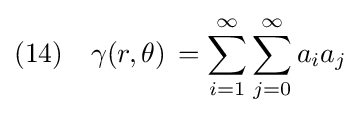
(14)\quad \gamma (r,\theta )\,=\sum _{i=1}^{\infty }\sum _{j=0}^{\infty }a_{i}a_{j}